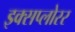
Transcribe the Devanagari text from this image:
इक्सप्लोरर